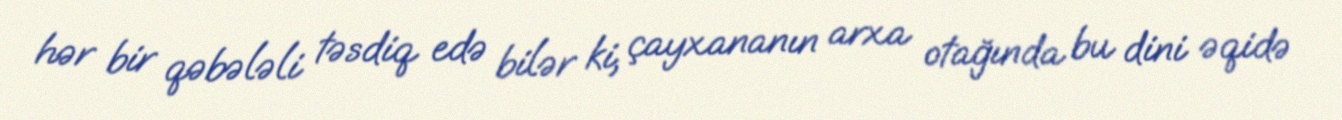
hər bir qəbələli təsdiq edə bilər ki, çayxananın arxa otağında bu dini əqidə